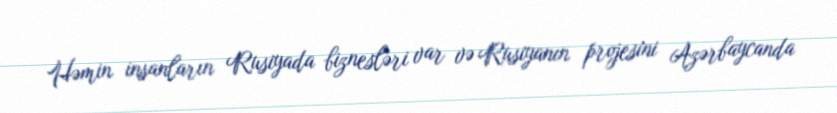
Həmin insanların Rusiyada biznesləri var və Rusiyanın projesini Azərbaycanda